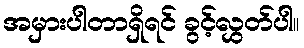
အမှားပါတာရှိရင် ခွင့်လွှတ်ပါ။